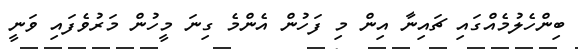
ބިންހެލުމެއްގައި ޗައިނާ އިން މި ފަހުން އެންމެ ގިނަ މީހުން މަރުވެފައި ވަނީ